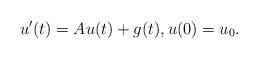
LaTeX: \begin{align*}u'(t) = A u(t) + g(t), u(0) = u_0.\end{align*}